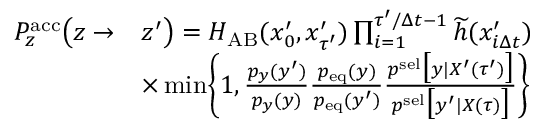
\begin{array} { r l } { P _ { z } ^ { \mathrm { a c c } } \bigl ( z \to } & { z ^ { \prime } \bigr ) = H _ { \mathrm { A B } } ( x _ { 0 } ^ { \prime } , x _ { \tau ^ { \prime } } ^ { \prime } ) \prod _ { i = 1 } ^ { \tau ^ { \prime } / \Delta t - 1 } \widetilde { h } ( x _ { i \Delta t } ^ { \prime } ) } \\ & { \times \operatorname* { m i n } \Biggl \{ 1 , \frac { p _ { y } ( y ^ { \prime } ) } { p _ { y } ( y ) } \frac { p _ { \mathrm { e q } } ( y ) } { p _ { \mathrm { e q } } ( y ^ { \prime } ) } \frac { p ^ { \mathrm { s e l } } \bigl [ y | X ^ { \prime } ( \tau ^ { \prime } ) \bigr ] } { p ^ { \mathrm { s e l } } \bigl [ y ^ { \prime } | X ( \tau ) \bigr ] } \Biggr \} } \end{array}